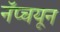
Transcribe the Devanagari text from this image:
नॅप्चयून